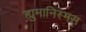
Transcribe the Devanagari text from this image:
ह्युमानिस्मस